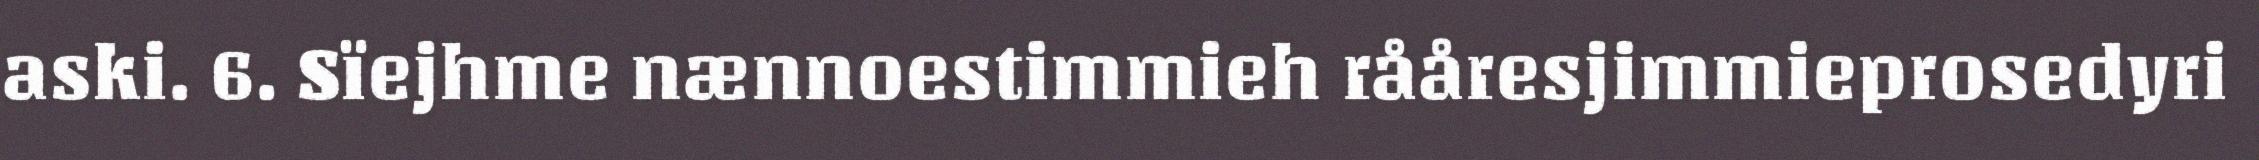
aski. 6. Sïejhme nænnoestimmieh rååresjimmieprosedyri